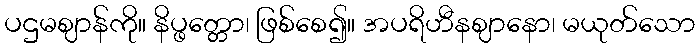
ပဌမဈာန်ကို။ နိပ္ဖတ္တော၊ ဖြစ်စေ၍။ အပရိဟီနဈာနော၊ မယုတ်သော